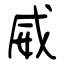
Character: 威